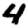
Digit: 4